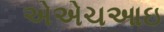
એએચઆઇ